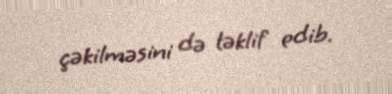
çəkilməsini də təklif edib.